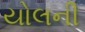
યોલની